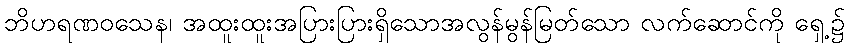
ဘိဟရဏဝသေန၊ အထူးထူးအပြားပြားရှိသောအလွန်မွန်မြတ်သော လက်ဆောင်ကို ရှေ့၌